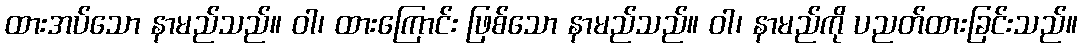
ထားအပ်သော နာမည်သည်။ ဝါ၊ ထားကြောင်း ဖြစ်သော နာမည်သည်။ ဝါ၊ နာမည်ကို ပညတ်ထားခြင်းသည်။